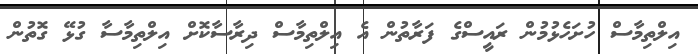
އިލްތިމާސް ހުށަހެޅުމުން ރައީސްގެ ފަރާތުން އެ އިލްތިމާސް ދިރާސާކޮށް އިލްތިމާސާ ގުޅޭ ގޮތުން